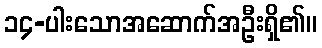
၁၄-ပါးသောအဆောက်အဦးရှိ၏။